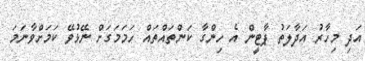
އަދި މިހާރު އަދާލަތު ޕާޓީން އެ ހިންގާ ކަންތައްތައް ހަމަމަގަށް ނޭޅުވޭ ކަމަށްވާނަމަ